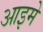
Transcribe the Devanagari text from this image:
आइमे